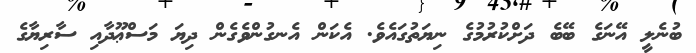
ބުނެލީ އޭނަގެ ބޭބެ ދަށްކުރުމުގެ ނިޔަތުގައެވެ. އެކަން އެނގުންވެގެން ދިޔަ މަސްޢޫދާއި ސާރިޔާގެ